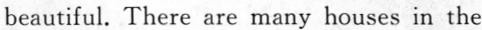
beautiful. There are many houses in the